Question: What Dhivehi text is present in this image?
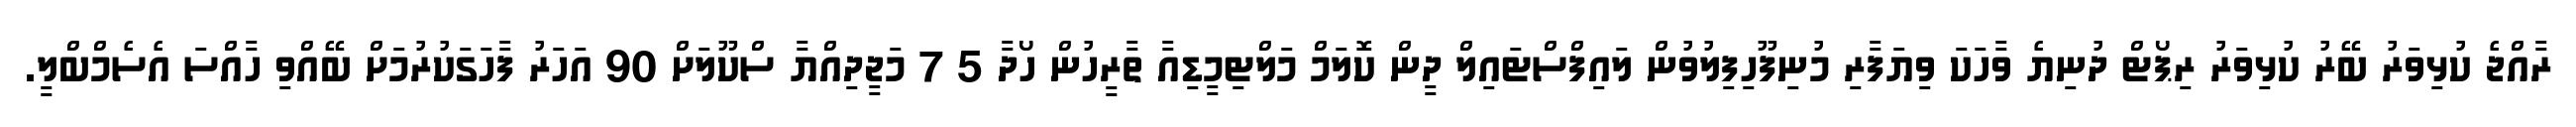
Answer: ރާއްޖެ ކުޅިވަރު ބޭރު ކުޅިވަރު ރިޕޯޓް ދުނިޔެ ވާހަކަ ވިޔަފާރި މުނިފޫހިފިލުވުން ލައިފްސްޓައިލް ދީން ކޮލަމް މަލްޓިމީޑިއާ ތާރީހުން ހޯދާ 5 7 މަޖީދިއްޔާ ސްކޫލަށް 90 އަހަރު ފާހަގަކުރުމަށް ބޭއްވި ހާއްސަ އެސެމްބްލީ.